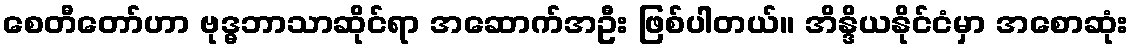
စေတီတော်ဟာ ဗုဒ္ဓဘာသာဆိုင်ရာ အဆောက်အဦး ဖြစ်ပါတယ်။ အိန္ဒိယနိုင်ငံမှာ အစောဆုံး